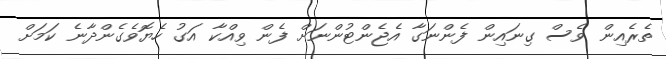
ތެރެއިން ވެސް ގިނައިން ފެންނަގާ އެޖެންޓުންނަށް ފެން ވިއްކާ އަގު ހެޔޮވެގެންދާނެ ކަމަށް